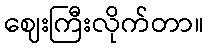
ဈေးကြီးလိုက်တာ။